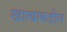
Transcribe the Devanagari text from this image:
खात्याकडील